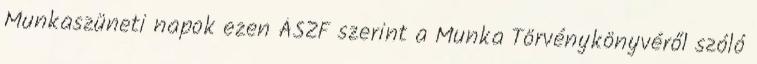
Munkaszüneti napok ezen ÁSZF szerint a Munka Törvénykönyvéről szóló